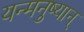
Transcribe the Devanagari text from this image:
यन्मनुष्यान्